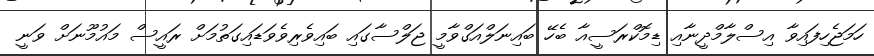
ހަމަޖެހިފައިވާ އިސްލާމްދީނާއި ޑިމޮކްރަސީއާ ބެހޭ ބައިނަލްއަގްވާމީ ޖަލްސާގައި ބައިވެރިވެވަޑައިގަތުމަށް ރައީސް މައުމޫނަށް ވަނީ